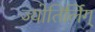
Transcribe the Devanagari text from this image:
ज्योतिर्लिग्